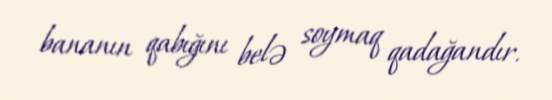
bananın qabığını belə soymaq qadağandır.